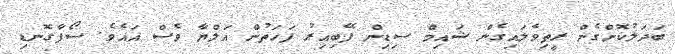
ބަދަލުކޮށްގެން ރީތިވެލައިގެން ޝައިމް ސިޑިން ފޭބިއިރު ފަހަތުން އަލްޔާ ވެސް އައެވެ. ސޯފާގޮނޑި